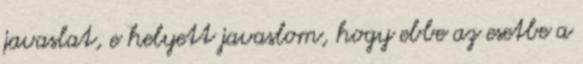
javaslat, e helyett javaslom, hogy ebbe az esetbe a